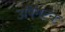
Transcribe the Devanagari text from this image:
उपिंगटन